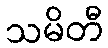
သမိတီ